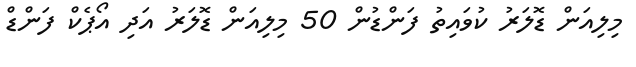
މިލިއަން ޑޮލަރު ކުވައިތު ފަންޑުން 50 މިލިއަން ޑޮލަރު އަދި އޯޕެކް ފަންޑް